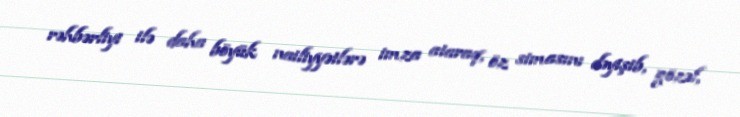
rəhbərliyi ilə daha böyük nailiyyətlərə imza ataraq, öz simasını dəyişib, gözəl,